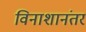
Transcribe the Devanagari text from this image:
विनाशानंतर